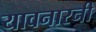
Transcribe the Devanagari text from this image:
यावनारनी